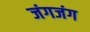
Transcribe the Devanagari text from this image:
जंगजंग